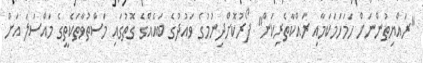
"ރައްޔިތުންނަށް ހަމަހަމަކަމާއި ރައްކާތެރިކަން" ފޯރުކޮށްދިނުމުގެ ވައުދުގެ ބައެއްގެ ގޮތުގައި މަސްތުވާތަކެތީގެ މައްސަލަ އަށް